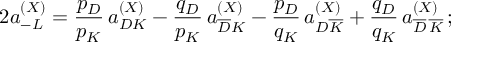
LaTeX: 2 a _ { - L } ^ { ( X ) } = \frac { p _ { D } } { p _ { K } } \, a _ { D K } ^ { ( X ) } - \frac { q _ { D } } { p _ { K } } \, a _ { \overline { { D } } K } ^ { ( X ) } - \frac { p _ { D } } { q _ { K } } \, a _ { D \overline { { K } } } ^ { ( X ) } + \frac { q _ { D } } { q _ { K } } \, a _ { \overline { { D } } \, \overline { { K } } } ^ { ( X ) } \, ;